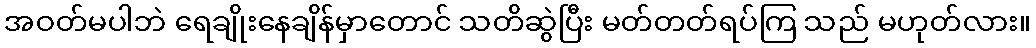
အဝတ်မပါဘဲ ရေချိုးနေချိန်မှာတောင် သတိဆွဲပြီး မတ်တတ်ရပ်ကြ သည် မဟုတ်လား။